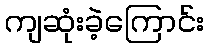
ကျဆုံးခဲ့ကြောင်း